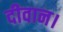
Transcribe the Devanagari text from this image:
दीवान।